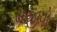
સજીવો